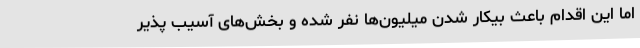
اما این اقدام باعث بیکار شدن میلیون‌ها نفر شده و بخش‌های آسیب پذیر